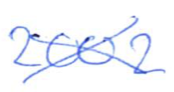
Text: 2002
Cross-out: cross
Writing tool: ballpoint